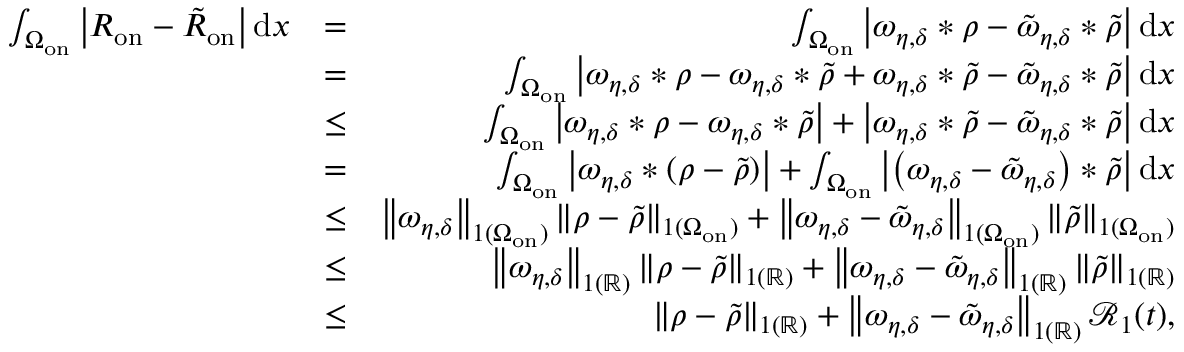
\begin{array} { r l r } { \int _ { \Omega _ { \mathrm { o n } } } \left| { R } _ { \mathrm { o n } } - \tilde { R } _ { \mathrm { o n } } \right| \mathrm { d } x } & { = } & { \int _ { \Omega _ { \mathrm { o n } } } \left| \omega _ { \eta , \delta } \ast \rho - \tilde { \omega } _ { \eta , \delta } \ast \tilde { \rho } \right| \mathrm { d } x } \\ & { = } & { \int _ { \Omega _ { \mathrm { o n } } } \left| \omega _ { \eta , \delta } \ast \rho - \omega _ { \eta , \delta } \ast \tilde { \rho } + \omega _ { \eta , \delta } \ast \tilde { \rho } - \tilde { \omega } _ { \eta , \delta } \ast \tilde { \rho } \right| \mathrm { d } x } \\ & { \leq } & { \int _ { \Omega _ { \mathrm { o n } } } \left| \omega _ { \eta , \delta } \ast \rho - \omega _ { \eta , \delta } \ast \tilde { \rho } \right| + \left| \omega _ { \eta , \delta } \ast \tilde { \rho } - \tilde { \omega } _ { \eta , \delta } \ast \tilde { \rho } \right| \mathrm { d } x } \\ & { = } & { \int _ { \Omega _ { \mathrm { o n } } } \left| \omega _ { \eta , \delta } \ast \left( \rho - \tilde { \rho } \right) \right| + \int _ { \Omega _ { \mathrm { o n } } } \left| \left( \omega _ { \eta , \delta } - \tilde { \omega } _ { \eta , \delta } \right) \ast \tilde { \rho } \right| \mathrm { d } x } \\ & { \leq } & { \left\| \omega _ { \eta , \delta } \right\| _ { \L { 1 } ( \Omega _ { \mathrm { o n } } ) } \left\| \rho - \tilde { \rho } \right\| _ { \L { 1 } ( \Omega _ { \mathrm { o n } } ) } + \left\| \omega _ { \eta , \delta } - \tilde { \omega } _ { \eta , \delta } \right\| _ { \L { 1 } ( \Omega _ { \mathrm { o n } } ) } \left\| \tilde { \rho } \right\| _ { \L { 1 } ( \Omega _ { \mathrm { o n } } ) } } \\ & { \leq } & { \left\| \omega _ { \eta , \delta } \right\| _ { \L { 1 } ( \mathbb { R } ) } \left\| \rho - \tilde { \rho } \right\| _ { \L { 1 } ( \mathbb { R } ) } + \left\| \omega _ { \eta , \delta } - \tilde { \omega } _ { \eta , \delta } \right\| _ { \L { 1 } ( \mathbb { R } ) } \left\| \tilde { \rho } \right\| _ { \L { 1 } ( \mathbb { R } ) } } \\ & { \leq } & { \left\| \rho - \tilde { \rho } \right\| _ { \L { 1 } ( \mathbb { R } ) } + \left\| \omega _ { \eta , \delta } - \tilde { \omega } _ { \eta , \delta } \right\| _ { \L { 1 } ( \mathbb { R } ) } \mathcal { R } _ { 1 } ( t ) , } \end{array}